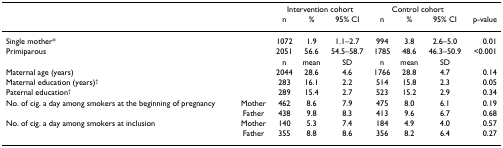
|  |  | <COLSPAN=3> Intervention cohort | <COLSPAN=3> Control cohort |  |
 |  |  | n | % | 95% CI | n | % | 95% CI | p-value |
 | --- | --- | --- | --- | --- | --- | --- | --- | --- |
 | Single mother* |  | 1072 | 1.9 | 1.1–2.7 | 994 | 3.8 | 2.6–5.0 | 0.01 |
 | Primiparous |  | 2051 | 56.6 | 54.5–58.7 | 1785 | 48.6 | 46.3–50.9 | <0.001 |
 |  |  | n | mean | SD | n | mean | SD |  |
 | Maternal age (years) |  | 2044 | 28.6 | 4.6 | 1766 | 28.8 | 4.7 | 0.14 |
 | Maternal education (years)† |  | 283 | 16.1 | 2.2 | 514 | 15.8 | 2.3 | 0.05 |
 | Paternal education† |  | 289 | 15.4 | 2.7 | 523 | 15.2 | 2.9 | 0.34 |
 | No. of cig. a day among smokers at the beginning of pregnancy | Mother | 462 | 8.6 | 7.9 | 475 | 8.0 | 6.1 | 0.19 |
 |  | Father | 438 | 9.8 | 8.3 | 413 | 9.6 | 6.7 | 0.68 |
 | No. of cig. a day among smokers at inclusion | Mother | 140 | 5.3 | 7.4 | 184 | 4.9 | 4.0 | 0.57 |
 |  | Father | 355 | 8.8 | 8.6 | 356 | 8.2 | 6.4 | 0.27 |